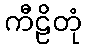
ကီဠိတုံ